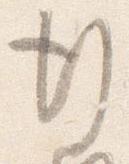
行